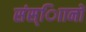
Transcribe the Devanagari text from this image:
संस्ािानों